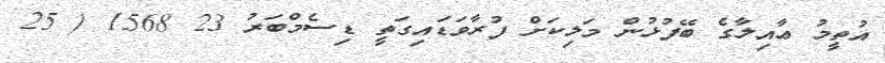
އުތީމު ޢާއިލާގެ ބޭފުޅުން މަލިކަށް ފުރާވަޑައިގަތީ ޑިސެމްބަރު 23 1568 ( 25